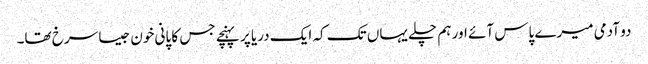
دو آدمی میرے پاس آئے اور ہم چلے یہاں تک کہ ایک دریا پر پہنچے جس کا پانی خون جیسا سرخ تھا۔